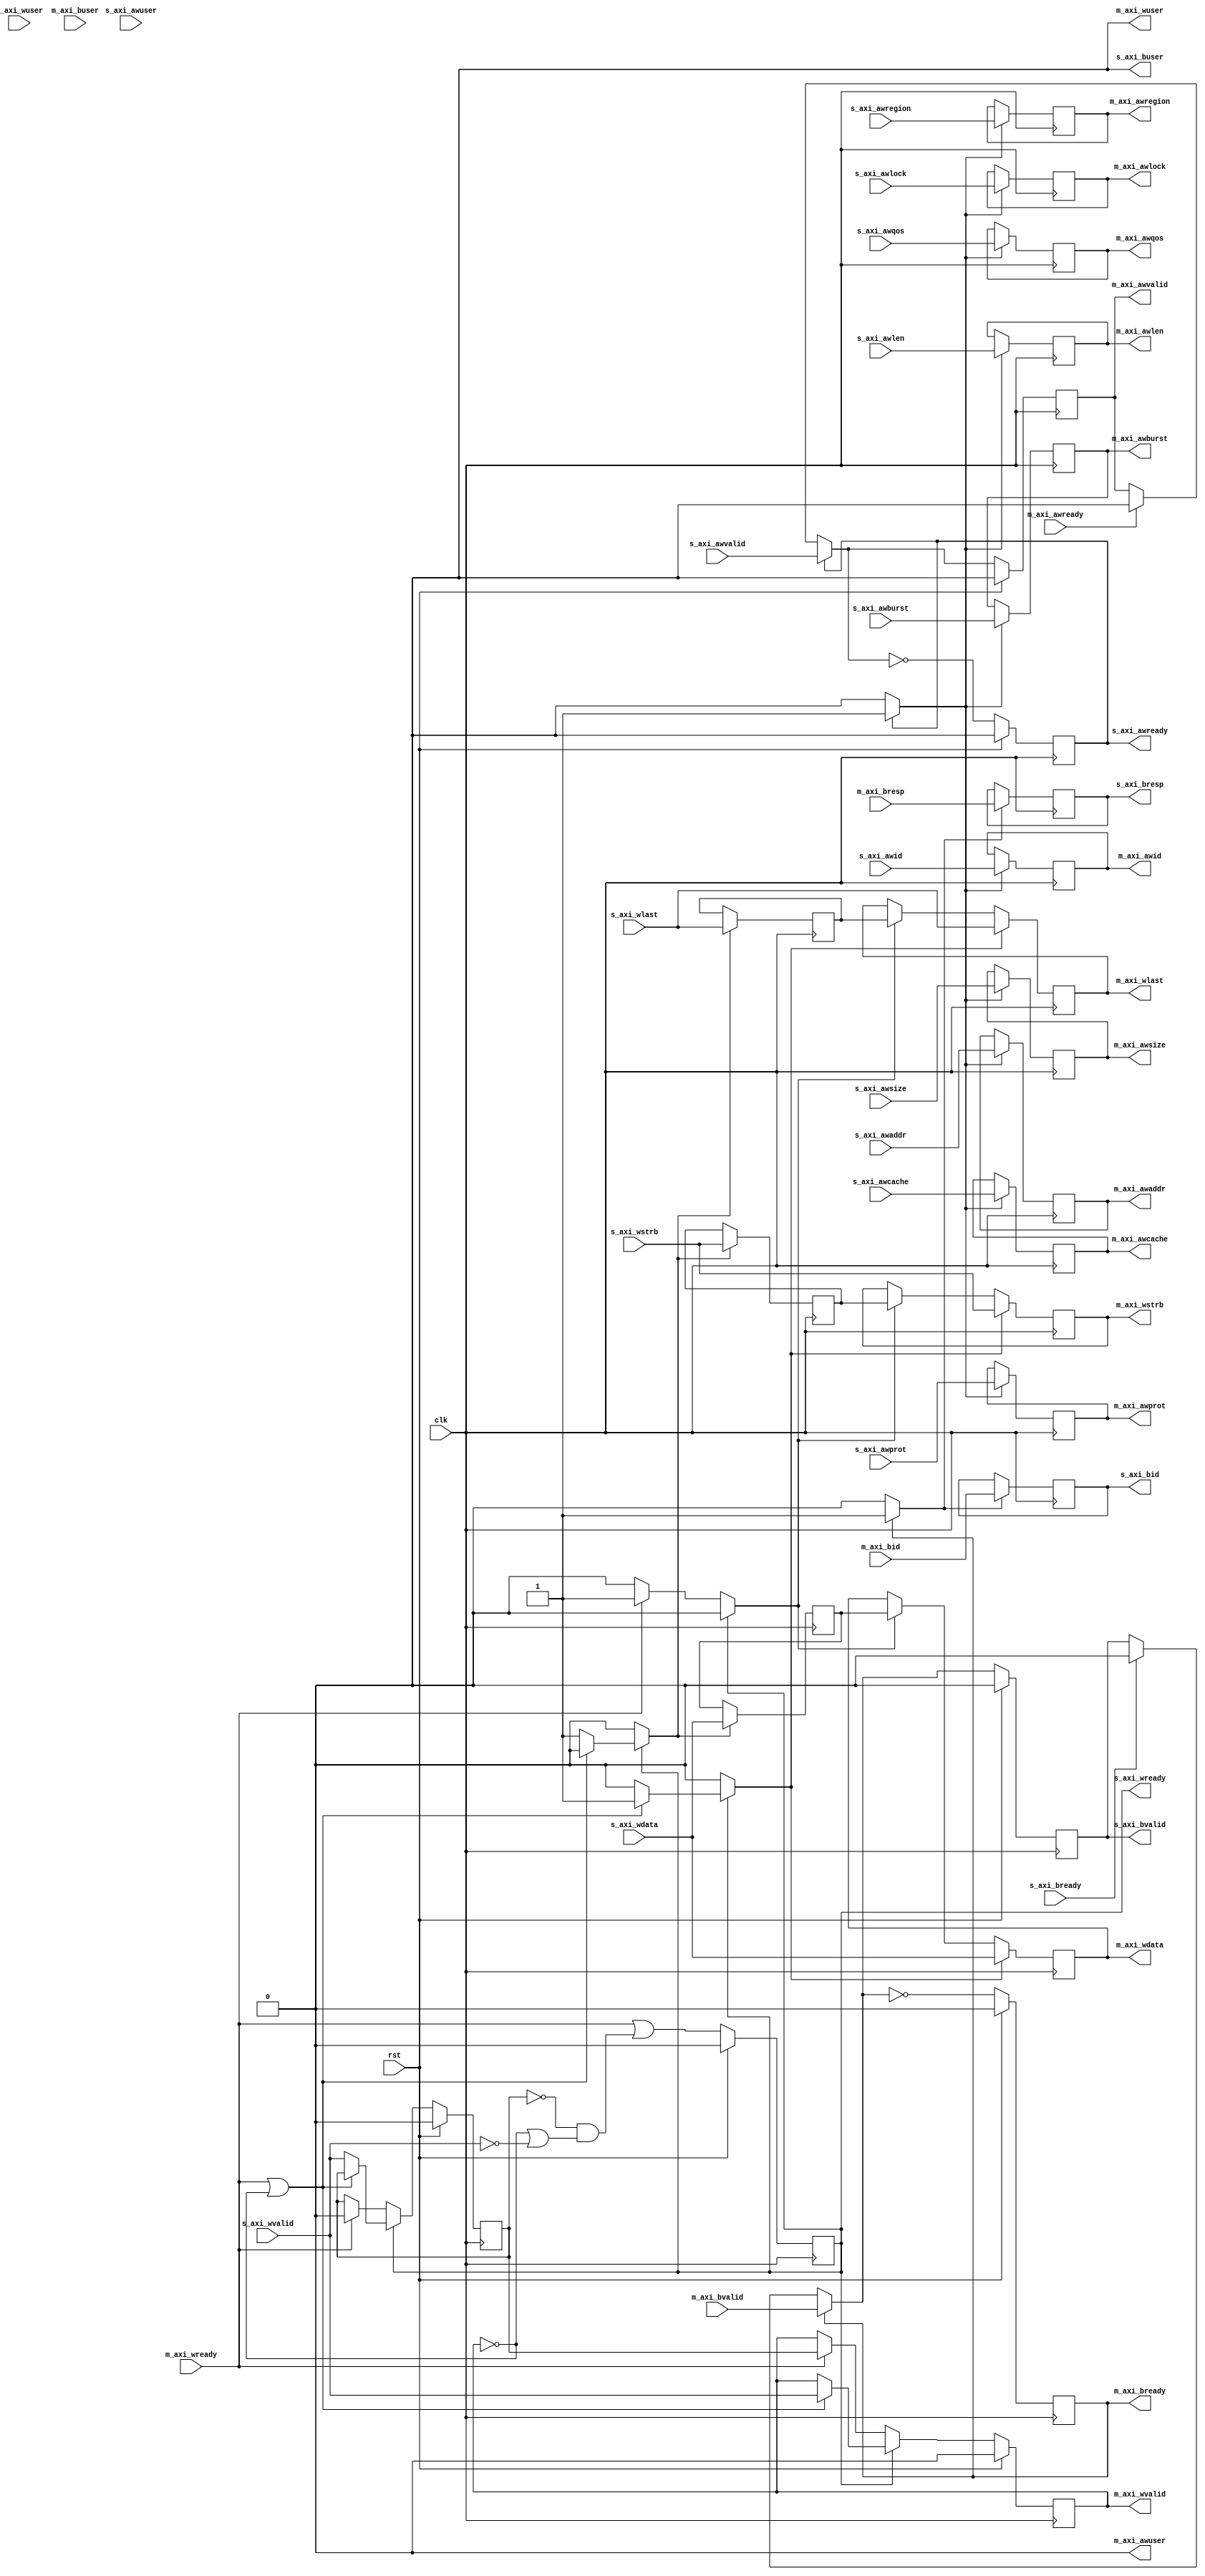
/*

Copyright (c) 2018 Alex Forencich

Permission is hereby granted, free of charge, to any person obtaining a copy
of this software and associated documentation files (the "Software"), to deal
in the Software without restriction, including without limitation the rights
to use, copy, modify, merge, publish, distribute, sublicense, and/or sell
copies of the Software, and to permit persons to whom the Software is
furnished to do so, subject to the following conditions:

The above copyright notice and this permission notice shall be included in
all copies or substantial portions of the Software.

THE SOFTWARE IS PROVIDED "AS IS", WITHOUT WARRANTY OF ANY KIND, EXPRESS OR
IMPLIED, INCLUDING BUT NOT LIMITED TO THE WARRANTIES OF MERCHANTABILITY
FITNESS FOR A PARTICULAR PURPOSE AND NONINFRINGEMENT. IN NO EVENT SHALL THE
AUTHORS OR COPYRIGHT HOLDERS BE LIABLE FOR ANY CLAIM, DAMAGES OR OTHER
LIABILITY, WHETHER IN AN ACTION OF CONTRACT, TORT OR OTHERWISE, ARISING FROM,
OUT OF OR IN CONNECTION WITH THE SOFTWARE OR THE USE OR OTHER DEALINGS IN
THE SOFTWARE.

*/

// Language: Verilog 2001

`timescale 1ns / 1ps

/*
 * AXI4 register (write)
 */
module axi_register_wr #
(
    // Width of data bus in bits
    parameter DATA_WIDTH = 32,
    // Width of address bus in bits
    parameter ADDR_WIDTH = 32,
    // Width of wstrb (width of data bus in words)
    parameter STRB_WIDTH = (DATA_WIDTH/8),
    // Width of ID signal
    parameter ID_WIDTH = 8,
    // Propagate awuser signal
    parameter AWUSER_ENABLE = 0,
    // Width of awuser signal
    parameter AWUSER_WIDTH = 1,
    // Propagate wuser signal
    parameter WUSER_ENABLE = 0,
    // Width of wuser signal
    parameter WUSER_WIDTH = 1,
    // Propagate buser signal
    parameter BUSER_ENABLE = 0,
    // Width of buser signal
    parameter BUSER_WIDTH = 1,
    // AW channel register type
    // 0 to bypass, 1 for simple buffer, 2 for skid buffer
    parameter AW_REG_TYPE = 1,
    // W channel register type
    // 0 to bypass, 1 for simple buffer, 2 for skid buffer
    parameter W_REG_TYPE = 2,
    // B channel register type
    // 0 to bypass, 1 for simple buffer, 2 for skid buffer
    parameter B_REG_TYPE = 1
)
(
    input  wire                     clk,
    input  wire                     rst,

    /*
     * AXI slave interface
     */
    input  wire [ID_WIDTH-1:0]      s_axi_awid,
    input  wire [ADDR_WIDTH-1:0]    s_axi_awaddr,
    input  wire [7:0]               s_axi_awlen,
    input  wire [2:0]               s_axi_awsize,
    input  wire [1:0]               s_axi_awburst,
    input  wire                     s_axi_awlock,
    input  wire [3:0]               s_axi_awcache,
    input  wire [2:0]               s_axi_awprot,
    input  wire [3:0]               s_axi_awqos,
    input  wire [3:0]               s_axi_awregion,
    input  wire [AWUSER_WIDTH-1:0]  s_axi_awuser,
    input  wire                     s_axi_awvalid,
    output wire                     s_axi_awready,
    input  wire [DATA_WIDTH-1:0]    s_axi_wdata,
    input  wire [STRB_WIDTH-1:0]    s_axi_wstrb,
    input  wire                     s_axi_wlast,
    input  wire [WUSER_WIDTH-1:0]   s_axi_wuser,
    input  wire                     s_axi_wvalid,
    output wire                     s_axi_wready,
    output wire [ID_WIDTH-1:0]      s_axi_bid,
    output wire [1:0]               s_axi_bresp,
    output wire [BUSER_WIDTH-1:0]   s_axi_buser,
    output wire                     s_axi_bvalid,
    input  wire                     s_axi_bready,

    /*
     * AXI master interface
     */
    output wire [ID_WIDTH-1:0]      m_axi_awid,
    output wire [ADDR_WIDTH-1:0]    m_axi_awaddr,
    output wire [7:0]               m_axi_awlen,
    output wire [2:0]               m_axi_awsize,
    output wire [1:0]               m_axi_awburst,
    output wire                     m_axi_awlock,
    output wire [3:0]               m_axi_awcache,
    output wire [2:0]               m_axi_awprot,
    output wire [3:0]               m_axi_awqos,
    output wire [3:0]               m_axi_awregion,
    output wire [AWUSER_WIDTH-1:0]  m_axi_awuser,
    output wire                     m_axi_awvalid,
    input  wire                     m_axi_awready,
    output wire [DATA_WIDTH-1:0]    m_axi_wdata,
    output wire [STRB_WIDTH-1:0]    m_axi_wstrb,
    output wire                     m_axi_wlast,
    output wire [WUSER_WIDTH-1:0]   m_axi_wuser,
    output wire                     m_axi_wvalid,
    input  wire                     m_axi_wready,
    input  wire [ID_WIDTH-1:0]      m_axi_bid,
    input  wire [1:0]               m_axi_bresp,
    input  wire [BUSER_WIDTH-1:0]   m_axi_buser,
    input  wire                     m_axi_bvalid,
    output wire                     m_axi_bready
);

generate

// AW channel

if (AW_REG_TYPE > 1) begin
// skid buffer, no bubble cycles

// datapath registers
reg                    s_axi_awready_reg = 1'b0;

reg [ID_WIDTH-1:0]     m_axi_awid_reg     = {ID_WIDTH{1'b0}};
reg [ADDR_WIDTH-1:0]   m_axi_awaddr_reg   = {ADDR_WIDTH{1'b0}};
reg [7:0]              m_axi_awlen_reg    = 8'd0;
reg [2:0]              m_axi_awsize_reg   = 3'd0;
reg [1:0]              m_axi_awburst_reg  = 2'd0;
reg                    m_axi_awlock_reg   = 1'b0;
reg [3:0]              m_axi_awcache_reg  = 4'd0;
reg [2:0]              m_axi_awprot_reg   = 3'd0;
reg [3:0]              m_axi_awqos_reg    = 4'd0;
reg [3:0]              m_axi_awregion_reg = 4'd0;
reg [AWUSER_WIDTH-1:0] m_axi_awuser_reg   = {AWUSER_WIDTH{1'b0}};
reg                    m_axi_awvalid_reg  = 1'b0, m_axi_awvalid_next;

reg [ID_WIDTH-1:0]     temp_m_axi_awid_reg     = {ID_WIDTH{1'b0}};
reg [ADDR_WIDTH-1:0]   temp_m_axi_awaddr_reg   = {ADDR_WIDTH{1'b0}};
reg [7:0]              temp_m_axi_awlen_reg    = 8'd0;
reg [2:0]              temp_m_axi_awsize_reg   = 3'd0;
reg [1:0]              temp_m_axi_awburst_reg  = 2'd0;
reg                    temp_m_axi_awlock_reg   = 1'b0;
reg [3:0]              temp_m_axi_awcache_reg  = 4'd0;
reg [2:0]              temp_m_axi_awprot_reg   = 3'd0;
reg [3:0]              temp_m_axi_awqos_reg    = 4'd0;
reg [3:0]              temp_m_axi_awregion_reg = 4'd0;
reg [AWUSER_WIDTH-1:0] temp_m_axi_awuser_reg   = {AWUSER_WIDTH{1'b0}};
reg                    temp_m_axi_awvalid_reg  = 1'b0, temp_m_axi_awvalid_next;

// datapath control
reg store_axi_aw_input_to_output;
reg store_axi_aw_input_to_temp;
reg store_axi_aw_temp_to_output;

assign s_axi_awready  = s_axi_awready_reg;

assign m_axi_awid     = m_axi_awid_reg;
assign m_axi_awaddr   = m_axi_awaddr_reg;
assign m_axi_awlen    = m_axi_awlen_reg;
assign m_axi_awsize   = m_axi_awsize_reg;
assign m_axi_awburst  = m_axi_awburst_reg;
assign m_axi_awlock   = m_axi_awlock_reg;
assign m_axi_awcache  = m_axi_awcache_reg;
assign m_axi_awprot   = m_axi_awprot_reg;
assign m_axi_awqos    = m_axi_awqos_reg;
assign m_axi_awregion = m_axi_awregion_reg;
assign m_axi_awuser   = AWUSER_ENABLE ? m_axi_awuser_reg : {AWUSER_WIDTH{1'b0}};
assign m_axi_awvalid  = m_axi_awvalid_reg;

// enable ready input next cycle if output is ready or the temp reg will not be filled on the next cycle (output reg empty or no input)
wire s_axi_awready_early = m_axi_awready | (~temp_m_axi_awvalid_reg & (~m_axi_awvalid_reg | ~s_axi_awvalid));

always @* begin
    // transfer sink ready state to source
    m_axi_awvalid_next = m_axi_awvalid_reg;
    temp_m_axi_awvalid_next = temp_m_axi_awvalid_reg;

    store_axi_aw_input_to_output = 1'b0;
    store_axi_aw_input_to_temp = 1'b0;
    store_axi_aw_temp_to_output = 1'b0;

    if (s_axi_awready_reg) begin
        // input is ready
        if (m_axi_awready | ~m_axi_awvalid_reg) begin
            // output is ready or currently not valid, transfer data to output
            m_axi_awvalid_next = s_axi_awvalid;
            store_axi_aw_input_to_output = 1'b1;
        end else begin
            // output is not ready, store input in temp
            temp_m_axi_awvalid_next = s_axi_awvalid;
            store_axi_aw_input_to_temp = 1'b1;
        end
    end else if (m_axi_awready) begin
        // input is not ready, but output is ready
        m_axi_awvalid_next = temp_m_axi_awvalid_reg;
        temp_m_axi_awvalid_next = 1'b0;
        store_axi_aw_temp_to_output = 1'b1;
    end
end

always @(posedge clk) begin
    if (rst) begin
        s_axi_awready_reg <= 1'b0;
        m_axi_awvalid_reg <= 1'b0;
        temp_m_axi_awvalid_reg <= 1'b0;
    end else begin
        s_axi_awready_reg <= s_axi_awready_early;
        m_axi_awvalid_reg <= m_axi_awvalid_next;
        temp_m_axi_awvalid_reg <= temp_m_axi_awvalid_next;
    end

    // datapath
    if (store_axi_aw_input_to_output) begin
        m_axi_awid_reg <= s_axi_awid;
        m_axi_awaddr_reg <= s_axi_awaddr;
        m_axi_awlen_reg <= s_axi_awlen;
        m_axi_awsize_reg <= s_axi_awsize;
        m_axi_awburst_reg <= s_axi_awburst;
        m_axi_awlock_reg <= s_axi_awlock;
        m_axi_awcache_reg <= s_axi_awcache;
        m_axi_awprot_reg <= s_axi_awprot;
        m_axi_awqos_reg <= s_axi_awqos;
        m_axi_awregion_reg <= s_axi_awregion;
        m_axi_awuser_reg <= s_axi_awuser;
    end else if (store_axi_aw_temp_to_output) begin
        m_axi_awid_reg <= temp_m_axi_awid_reg;
        m_axi_awaddr_reg <= temp_m_axi_awaddr_reg;
        m_axi_awlen_reg <= temp_m_axi_awlen_reg;
        m_axi_awsize_reg <= temp_m_axi_awsize_reg;
        m_axi_awburst_reg <= temp_m_axi_awburst_reg;
        m_axi_awlock_reg <= temp_m_axi_awlock_reg;
        m_axi_awcache_reg <= temp_m_axi_awcache_reg;
        m_axi_awprot_reg <= temp_m_axi_awprot_reg;
        m_axi_awqos_reg <= temp_m_axi_awqos_reg;
        m_axi_awregion_reg <= temp_m_axi_awregion_reg;
        m_axi_awuser_reg <= temp_m_axi_awuser_reg;
    end

    if (store_axi_aw_input_to_temp) begin
        temp_m_axi_awid_reg <= s_axi_awid;
        temp_m_axi_awaddr_reg <= s_axi_awaddr;
        temp_m_axi_awlen_reg <= s_axi_awlen;
        temp_m_axi_awsize_reg <= s_axi_awsize;
        temp_m_axi_awburst_reg <= s_axi_awburst;
        temp_m_axi_awlock_reg <= s_axi_awlock;
        temp_m_axi_awcache_reg <= s_axi_awcache;
        temp_m_axi_awprot_reg <= s_axi_awprot;
        temp_m_axi_awqos_reg <= s_axi_awqos;
        temp_m_axi_awregion_reg <= s_axi_awregion;
        temp_m_axi_awuser_reg <= s_axi_awuser;
    end
end

end else if (AW_REG_TYPE == 1) begin
// simple register, inserts bubble cycles

// datapath registers
reg                    s_axi_awready_reg = 1'b0;

reg [ID_WIDTH-1:0]     m_axi_awid_reg     = {ID_WIDTH{1'b0}};
reg [ADDR_WIDTH-1:0]   m_axi_awaddr_reg   = {ADDR_WIDTH{1'b0}};
reg [7:0]              m_axi_awlen_reg    = 8'd0;
reg [2:0]              m_axi_awsize_reg   = 3'd0;
reg [1:0]              m_axi_awburst_reg  = 2'd0;
reg                    m_axi_awlock_reg   = 1'b0;
reg [3:0]              m_axi_awcache_reg  = 4'd0;
reg [2:0]              m_axi_awprot_reg   = 3'd0;
reg [3:0]              m_axi_awqos_reg    = 4'd0;
reg [3:0]              m_axi_awregion_reg = 4'd0;
reg [AWUSER_WIDTH-1:0] m_axi_awuser_reg   = {AWUSER_WIDTH{1'b0}};
reg                    m_axi_awvalid_reg  = 1'b0, m_axi_awvalid_next;

// datapath control
reg store_axi_aw_input_to_output;

assign s_axi_awready  = s_axi_awready_reg;

assign m_axi_awid     = m_axi_awid_reg;
assign m_axi_awaddr   = m_axi_awaddr_reg;
assign m_axi_awlen    = m_axi_awlen_reg;
assign m_axi_awsize   = m_axi_awsize_reg;
assign m_axi_awburst  = m_axi_awburst_reg;
assign m_axi_awlock   = m_axi_awlock_reg;
assign m_axi_awcache  = m_axi_awcache_reg;
assign m_axi_awprot   = m_axi_awprot_reg;
assign m_axi_awqos    = m_axi_awqos_reg;
assign m_axi_awregion = m_axi_awregion_reg;
assign m_axi_awuser   = AWUSER_ENABLE ? m_axi_awuser_reg : {AWUSER_WIDTH{1'b0}};
assign m_axi_awvalid  = m_axi_awvalid_reg;

// enable ready input next cycle if output buffer will be empty
wire s_axi_awready_eawly = !m_axi_awvalid_next;

always @* begin
    // transfer sink ready state to source
    m_axi_awvalid_next = m_axi_awvalid_reg;

    store_axi_aw_input_to_output = 1'b0;

    if (s_axi_awready_reg) begin
        m_axi_awvalid_next = s_axi_awvalid;
        store_axi_aw_input_to_output = 1'b1;
    end else if (m_axi_awready) begin
        m_axi_awvalid_next = 1'b0;
    end
end

always @(posedge clk) begin
    if (rst) begin
        s_axi_awready_reg <= 1'b0;
        m_axi_awvalid_reg <= 1'b0;
    end else begin
        s_axi_awready_reg <= s_axi_awready_eawly;
        m_axi_awvalid_reg <= m_axi_awvalid_next;
    end

    // datapath
    if (store_axi_aw_input_to_output) begin
        m_axi_awid_reg <= s_axi_awid;
        m_axi_awaddr_reg <= s_axi_awaddr;
        m_axi_awlen_reg <= s_axi_awlen;
        m_axi_awsize_reg <= s_axi_awsize;
        m_axi_awburst_reg <= s_axi_awburst;
        m_axi_awlock_reg <= s_axi_awlock;
        m_axi_awcache_reg <= s_axi_awcache;
        m_axi_awprot_reg <= s_axi_awprot;
        m_axi_awqos_reg <= s_axi_awqos;
        m_axi_awregion_reg <= s_axi_awregion;
        m_axi_awuser_reg <= s_axi_awuser;
    end
end

end else begin

    // bypass AW channel
    assign m_axi_awid = s_axi_awid;
    assign m_axi_awaddr = s_axi_awaddr;
    assign m_axi_awlen = s_axi_awlen;
    assign m_axi_awsize = s_axi_awsize;
    assign m_axi_awburst = s_axi_awburst;
    assign m_axi_awlock = s_axi_awlock;
    assign m_axi_awcache = s_axi_awcache;
    assign m_axi_awprot = s_axi_awprot;
    assign m_axi_awqos = s_axi_awqos;
    assign m_axi_awregion = s_axi_awregion;
    assign m_axi_awuser = AWUSER_ENABLE ? s_axi_awuser : {AWUSER_WIDTH{1'b0}};
    assign m_axi_awvalid = s_axi_awvalid;
    assign s_axi_awready = m_axi_awready;

end

// W channel

if (W_REG_TYPE > 1) begin
// skid buffer, no bubble cycles

// datapath registers
reg                   s_axi_wready_reg = 1'b0;

reg [DATA_WIDTH-1:0]  m_axi_wdata_reg  = {DATA_WIDTH{1'b0}};
reg [STRB_WIDTH-1:0]  m_axi_wstrb_reg  = {STRB_WIDTH{1'b0}};
reg                   m_axi_wlast_reg  = 1'b0;
reg [WUSER_WIDTH-1:0] m_axi_wuser_reg  = {WUSER_WIDTH{1'b0}};
reg                   m_axi_wvalid_reg = 1'b0, m_axi_wvalid_next;

reg [DATA_WIDTH-1:0]  temp_m_axi_wdata_reg  = {DATA_WIDTH{1'b0}};
reg [STRB_WIDTH-1:0]  temp_m_axi_wstrb_reg  = {STRB_WIDTH{1'b0}};
reg                   temp_m_axi_wlast_reg  = 1'b0;
reg [WUSER_WIDTH-1:0] temp_m_axi_wuser_reg  = {WUSER_WIDTH{1'b0}};
reg                   temp_m_axi_wvalid_reg = 1'b0, temp_m_axi_wvalid_next;

// datapath control
reg store_axi_w_input_to_output;
reg store_axi_w_input_to_temp;
reg store_axi_w_temp_to_output;

assign s_axi_wready = s_axi_wready_reg;

assign m_axi_wdata  = m_axi_wdata_reg;
assign m_axi_wstrb  = m_axi_wstrb_reg;
assign m_axi_wlast  = m_axi_wlast_reg;
assign m_axi_wuser  = WUSER_ENABLE ? m_axi_wuser_reg : {WUSER_WIDTH{1'b0}};
assign m_axi_wvalid = m_axi_wvalid_reg;

// enable ready input next cycle if output is ready or the temp reg will not be filled on the next cycle (output reg empty or no input)
wire s_axi_wready_early = m_axi_wready | (~temp_m_axi_wvalid_reg & (~m_axi_wvalid_reg | ~s_axi_wvalid));

always @* begin
    // transfer sink ready state to source
    m_axi_wvalid_next = m_axi_wvalid_reg;
    temp_m_axi_wvalid_next = temp_m_axi_wvalid_reg;

    store_axi_w_input_to_output = 1'b0;
    store_axi_w_input_to_temp = 1'b0;
    store_axi_w_temp_to_output = 1'b0;

    if (s_axi_wready_reg) begin
        // input is ready
        if (m_axi_wready | ~m_axi_wvalid_reg) begin
            // output is ready or currently not valid, transfer data to output
            m_axi_wvalid_next = s_axi_wvalid;
            store_axi_w_input_to_output = 1'b1;
        end else begin
            // output is not ready, store input in temp
            temp_m_axi_wvalid_next = s_axi_wvalid;
            store_axi_w_input_to_temp = 1'b1;
        end
    end else if (m_axi_wready) begin
        // input is not ready, but output is ready
        m_axi_wvalid_next = temp_m_axi_wvalid_reg;
        temp_m_axi_wvalid_next = 1'b0;
        store_axi_w_temp_to_output = 1'b1;
    end
end

always @(posedge clk) begin
    if (rst) begin
        s_axi_wready_reg <= 1'b0;
        m_axi_wvalid_reg <= 1'b0;
        temp_m_axi_wvalid_reg <= 1'b0;
    end else begin
        s_axi_wready_reg <= s_axi_wready_early;
        m_axi_wvalid_reg <= m_axi_wvalid_next;
        temp_m_axi_wvalid_reg <= temp_m_axi_wvalid_next;
    end

    // datapath
    if (store_axi_w_input_to_output) begin
        m_axi_wdata_reg <= s_axi_wdata;
        m_axi_wstrb_reg <= s_axi_wstrb;
        m_axi_wlast_reg <= s_axi_wlast;
        m_axi_wuser_reg <= s_axi_wuser;
    end else if (store_axi_w_temp_to_output) begin
        m_axi_wdata_reg <= temp_m_axi_wdata_reg;
        m_axi_wstrb_reg <= temp_m_axi_wstrb_reg;
        m_axi_wlast_reg <= temp_m_axi_wlast_reg;
        m_axi_wuser_reg <= temp_m_axi_wuser_reg;
    end

    if (store_axi_w_input_to_temp) begin
        temp_m_axi_wdata_reg <= s_axi_wdata;
        temp_m_axi_wstrb_reg <= s_axi_wstrb;
        temp_m_axi_wlast_reg <= s_axi_wlast;
        temp_m_axi_wuser_reg <= s_axi_wuser;
    end
end

end else if (W_REG_TYPE == 1) begin
// simple register, inserts bubble cycles

// datapath registers
reg                   s_axi_wready_reg = 1'b0;

reg [DATA_WIDTH-1:0]  m_axi_wdata_reg  = {DATA_WIDTH{1'b0}};
reg [STRB_WIDTH-1:0]  m_axi_wstrb_reg  = {STRB_WIDTH{1'b0}};
reg                   m_axi_wlast_reg  = 1'b0;
reg [WUSER_WIDTH-1:0] m_axi_wuser_reg  = {WUSER_WIDTH{1'b0}};
reg                   m_axi_wvalid_reg = 1'b0, m_axi_wvalid_next;

// datapath control
reg store_axi_w_input_to_output;

assign s_axi_wready = s_axi_wready_reg;

assign m_axi_wdata  = m_axi_wdata_reg;
assign m_axi_wstrb  = m_axi_wstrb_reg;
assign m_axi_wlast  = m_axi_wlast_reg;
assign m_axi_wuser  = WUSER_ENABLE ? m_axi_wuser_reg : {WUSER_WIDTH{1'b0}};
assign m_axi_wvalid = m_axi_wvalid_reg;

// enable ready input next cycle if output buffer will be empty
wire s_axi_wready_ewly = !m_axi_wvalid_next;

always @* begin
    // transfer sink ready state to source
    m_axi_wvalid_next = m_axi_wvalid_reg;

    store_axi_w_input_to_output = 1'b0;

    if (s_axi_wready_reg) begin
        m_axi_wvalid_next = s_axi_wvalid;
        store_axi_w_input_to_output = 1'b1;
    end else if (m_axi_wready) begin
        m_axi_wvalid_next = 1'b0;
    end
end

always @(posedge clk) begin
    if (rst) begin
        s_axi_wready_reg <= 1'b0;
        m_axi_wvalid_reg <= 1'b0;
    end else begin
        s_axi_wready_reg <= s_axi_wready_ewly;
        m_axi_wvalid_reg <= m_axi_wvalid_next;
    end

    // datapath
    if (store_axi_w_input_to_output) begin
        m_axi_wdata_reg <= s_axi_wdata;
        m_axi_wstrb_reg <= s_axi_wstrb;
        m_axi_wlast_reg <= s_axi_wlast;
        m_axi_wuser_reg <= s_axi_wuser;
    end
end

end else begin

    // bypass W channel
    assign m_axi_wdata = s_axi_wdata;
    assign m_axi_wstrb = s_axi_wstrb;
    assign m_axi_wlast = s_axi_wlast;
    assign m_axi_wuser = WUSER_ENABLE ? s_axi_wuser : {WUSER_WIDTH{1'b0}};
    assign m_axi_wvalid = s_axi_wvalid;
    assign s_axi_wready = m_axi_wready;

end

// B channel

if (B_REG_TYPE > 1) begin
// skid buffer, no bubble cycles

// datapath registers
reg                   m_axi_bready_reg = 1'b0;

reg [ID_WIDTH-1:0]    s_axi_bid_reg    = {ID_WIDTH{1'b0}};
reg [1:0]             s_axi_bresp_reg  = 2'b0;
reg [BUSER_WIDTH-1:0] s_axi_buser_reg  = {BUSER_WIDTH{1'b0}};
reg                   s_axi_bvalid_reg = 1'b0, s_axi_bvalid_next;

reg [ID_WIDTH-1:0]    temp_s_axi_bid_reg    = {ID_WIDTH{1'b0}};
reg [1:0]             temp_s_axi_bresp_reg  = 2'b0;
reg [BUSER_WIDTH-1:0] temp_s_axi_buser_reg  = {BUSER_WIDTH{1'b0}};
reg                   temp_s_axi_bvalid_reg = 1'b0, temp_s_axi_bvalid_next;

// datapath control
reg store_axi_b_input_to_output;
reg store_axi_b_input_to_temp;
reg store_axi_b_temp_to_output;

assign m_axi_bready = m_axi_bready_reg;

assign s_axi_bid    = s_axi_bid_reg;
assign s_axi_bresp  = s_axi_bresp_reg;
assign s_axi_buser  = BUSER_ENABLE ? s_axi_buser_reg : {BUSER_WIDTH{1'b0}};
assign s_axi_bvalid = s_axi_bvalid_reg;

// enable ready input next cycle if output is ready or the temp reg will not be filled on the next cycle (output reg empty or no input)
wire m_axi_bready_early = s_axi_bready | (~temp_s_axi_bvalid_reg & (~s_axi_bvalid_reg | ~m_axi_bvalid));

always @* begin
    // transfer sink ready state to source
    s_axi_bvalid_next = s_axi_bvalid_reg;
    temp_s_axi_bvalid_next = temp_s_axi_bvalid_reg;

    store_axi_b_input_to_output = 1'b0;
    store_axi_b_input_to_temp = 1'b0;
    store_axi_b_temp_to_output = 1'b0;

    if (m_axi_bready_reg) begin
        // input is ready
        if (s_axi_bready | ~s_axi_bvalid_reg) begin
            // output is ready or currently not valid, transfer data to output
            s_axi_bvalid_next = m_axi_bvalid;
            store_axi_b_input_to_output = 1'b1;
        end else begin
            // output is not ready, store input in temp
            temp_s_axi_bvalid_next = m_axi_bvalid;
            store_axi_b_input_to_temp = 1'b1;
        end
    end else if (s_axi_bready) begin
        // input is not ready, but output is ready
        s_axi_bvalid_next = temp_s_axi_bvalid_reg;
        temp_s_axi_bvalid_next = 1'b0;
        store_axi_b_temp_to_output = 1'b1;
    end
end

always @(posedge clk) begin
    if (rst) begin
        m_axi_bready_reg <= 1'b0;
        s_axi_bvalid_reg <= 1'b0;
        temp_s_axi_bvalid_reg <= 1'b0;
    end else begin
        m_axi_bready_reg <= m_axi_bready_early;
        s_axi_bvalid_reg <= s_axi_bvalid_next;
        temp_s_axi_bvalid_reg <= temp_s_axi_bvalid_next;
    end

    // datapath
    if (store_axi_b_input_to_output) begin
        s_axi_bid_reg   <= m_axi_bid;
        s_axi_bresp_reg <= m_axi_bresp;
        s_axi_buser_reg <= m_axi_buser;
    end else if (store_axi_b_temp_to_output) begin
        s_axi_bid_reg   <= temp_s_axi_bid_reg;
        s_axi_bresp_reg <= temp_s_axi_bresp_reg;
        s_axi_buser_reg <= temp_s_axi_buser_reg;
    end

    if (store_axi_b_input_to_temp) begin
        temp_s_axi_bid_reg   <= m_axi_bid;
        temp_s_axi_bresp_reg <= m_axi_bresp;
        temp_s_axi_buser_reg <= m_axi_buser;
    end
end

end else if (B_REG_TYPE == 1) begin
// simple register, inserts bubble cycles

// datapath registers
reg                   m_axi_bready_reg = 1'b0;

reg [ID_WIDTH-1:0]    s_axi_bid_reg    = {ID_WIDTH{1'b0}};
reg [1:0]             s_axi_bresp_reg  = 2'b0;
reg [BUSER_WIDTH-1:0] s_axi_buser_reg  = {BUSER_WIDTH{1'b0}};
reg                   s_axi_bvalid_reg = 1'b0, s_axi_bvalid_next;

// datapath control
reg store_axi_b_input_to_output;

assign m_axi_bready = m_axi_bready_reg;

assign s_axi_bid    = s_axi_bid_reg;
assign s_axi_bresp  = s_axi_bresp_reg;
assign s_axi_buser  = BUSER_ENABLE ? s_axi_buser_reg : {BUSER_WIDTH{1'b0}};
assign s_axi_bvalid = s_axi_bvalid_reg;

// enable ready input next cycle if output buffer will be empty
wire m_axi_bready_early = !s_axi_bvalid_next;

always @* begin
    // transfer sink ready state to source
    s_axi_bvalid_next = s_axi_bvalid_reg;

    store_axi_b_input_to_output = 1'b0;

    if (m_axi_bready_reg) begin
        s_axi_bvalid_next = m_axi_bvalid;
        store_axi_b_input_to_output = 1'b1;
    end else if (s_axi_bready) begin
        s_axi_bvalid_next = 1'b0;
    end
end

always @(posedge clk) begin
    if (rst) begin
        m_axi_bready_reg <= 1'b0;
        s_axi_bvalid_reg <= 1'b0;
    end else begin
        m_axi_bready_reg <= m_axi_bready_early;
        s_axi_bvalid_reg <= s_axi_bvalid_next;
    end

    // datapath
    if (store_axi_b_input_to_output) begin
        s_axi_bid_reg   <= m_axi_bid;
        s_axi_bresp_reg <= m_axi_bresp;
        s_axi_buser_reg <= m_axi_buser;
    end
end

end else begin

    // bypass B channel
    assign s_axi_bid = m_axi_bid;
    assign s_axi_bresp = m_axi_bresp;
    assign s_axi_buser = BUSER_ENABLE ? m_axi_buser : {BUSER_WIDTH{1'b0}};
    assign s_axi_bvalid = m_axi_bvalid;
    assign m_axi_bready = s_axi_bready;

end

endgenerate

endmodule